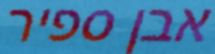
אבן ספיר